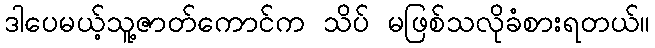
ဒါပေမယ့်သူ့ဇာတ်ကောင်က သိပ် မဖြစ်သလိုခံစားရတယ်။